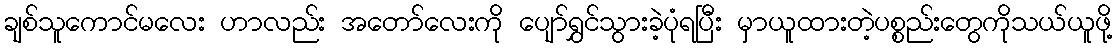
ချစ်သူကောင်မလေး ဟာလည်း အတော်လေးကို ပျော်ရွှင်သွားခဲ့ပုံရပြီး မှာယူထားတဲ့ပစ္စည်းတွေကိုသယ်ယူဖို့